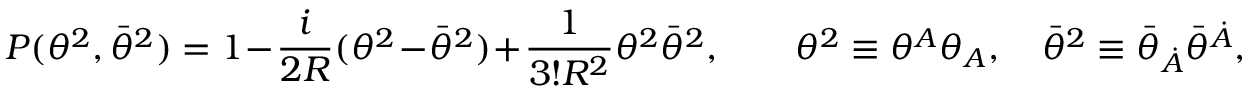
P ( \theta ^ { 2 } , \bar { \theta } ^ { 2 } ) = 1 - { \frac { i } { 2 R } } ( \theta ^ { 2 } - \bar { \theta } ^ { 2 } ) + { \frac { 1 } { 3 ! R ^ { 2 } } } \theta ^ { 2 } \bar { \theta } ^ { 2 } , \qquad \theta ^ { 2 } \equiv \theta ^ { A } \theta _ { A } , \quad \bar { \theta } ^ { 2 } \equiv \bar { \theta } _ { \dot { A } } \bar { \theta } ^ { \dot { A } } ,